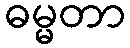
ဓမ္မတာ